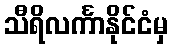
သီရိလင်္ကာနိုင်ငံမှ